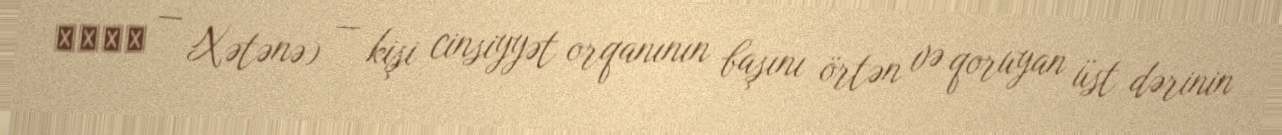
ختان — Xətənə) — kişi cinsiyyət orqanının başını örtən və qoruyan üst dərinin